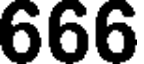
666